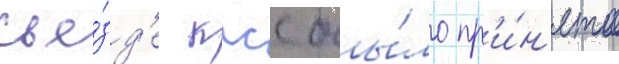
съе́зд'е кпсс бы́ло пр'и́н'ято